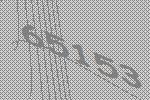
65153